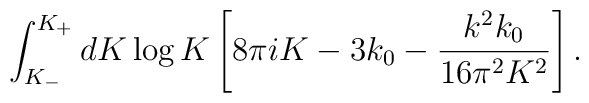
\int_{K_{-}}^{K_+} dK \log K \left[8\pi i K - 3 k_0 -\frac{k^2 k_0}{16\pi^2K^2}\right].